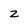
Character: Z